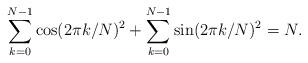
LaTeX: \begin{align*}\sum_{k=0}^{N-1} \cos(2 \pi k/N)^2 + \sum_{k=0}^{N-1} \sin(2 \pi k/N)^2 = N.\end{align*}